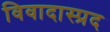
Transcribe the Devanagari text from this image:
विवादास्प्रद